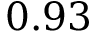
0 . 9 3